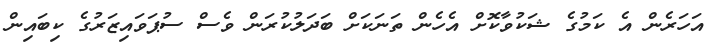
އަހަރެން އެ ކަމުގެ ޝަކުވާކޮށް އެހެން ތަނަކަށް ބަދަލުކުރަން ވެސް ސުޕަވައިޒަރުގެ ކިބައިން